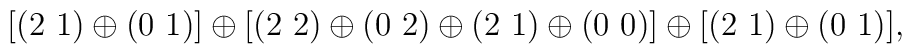
[(2~1) \oplus (0~1)] \oplus [(2~2) \oplus (0~2) \oplus (2~1) \oplus (0~0)] \oplus [(2~1) \oplus (0~1)],